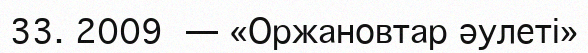
33. 2009 — «Оржановтар әулеті»